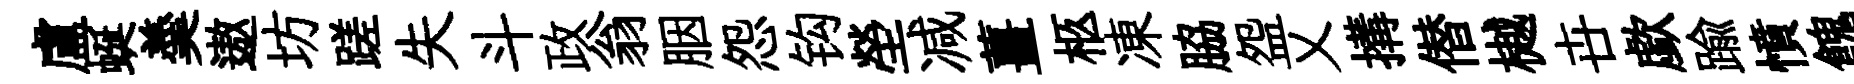
盧蜒羮遨坊蹉失斗政翁胭怨钩塋减薑柩凍脇盌乂搆僣樾卋歔踰憤餽